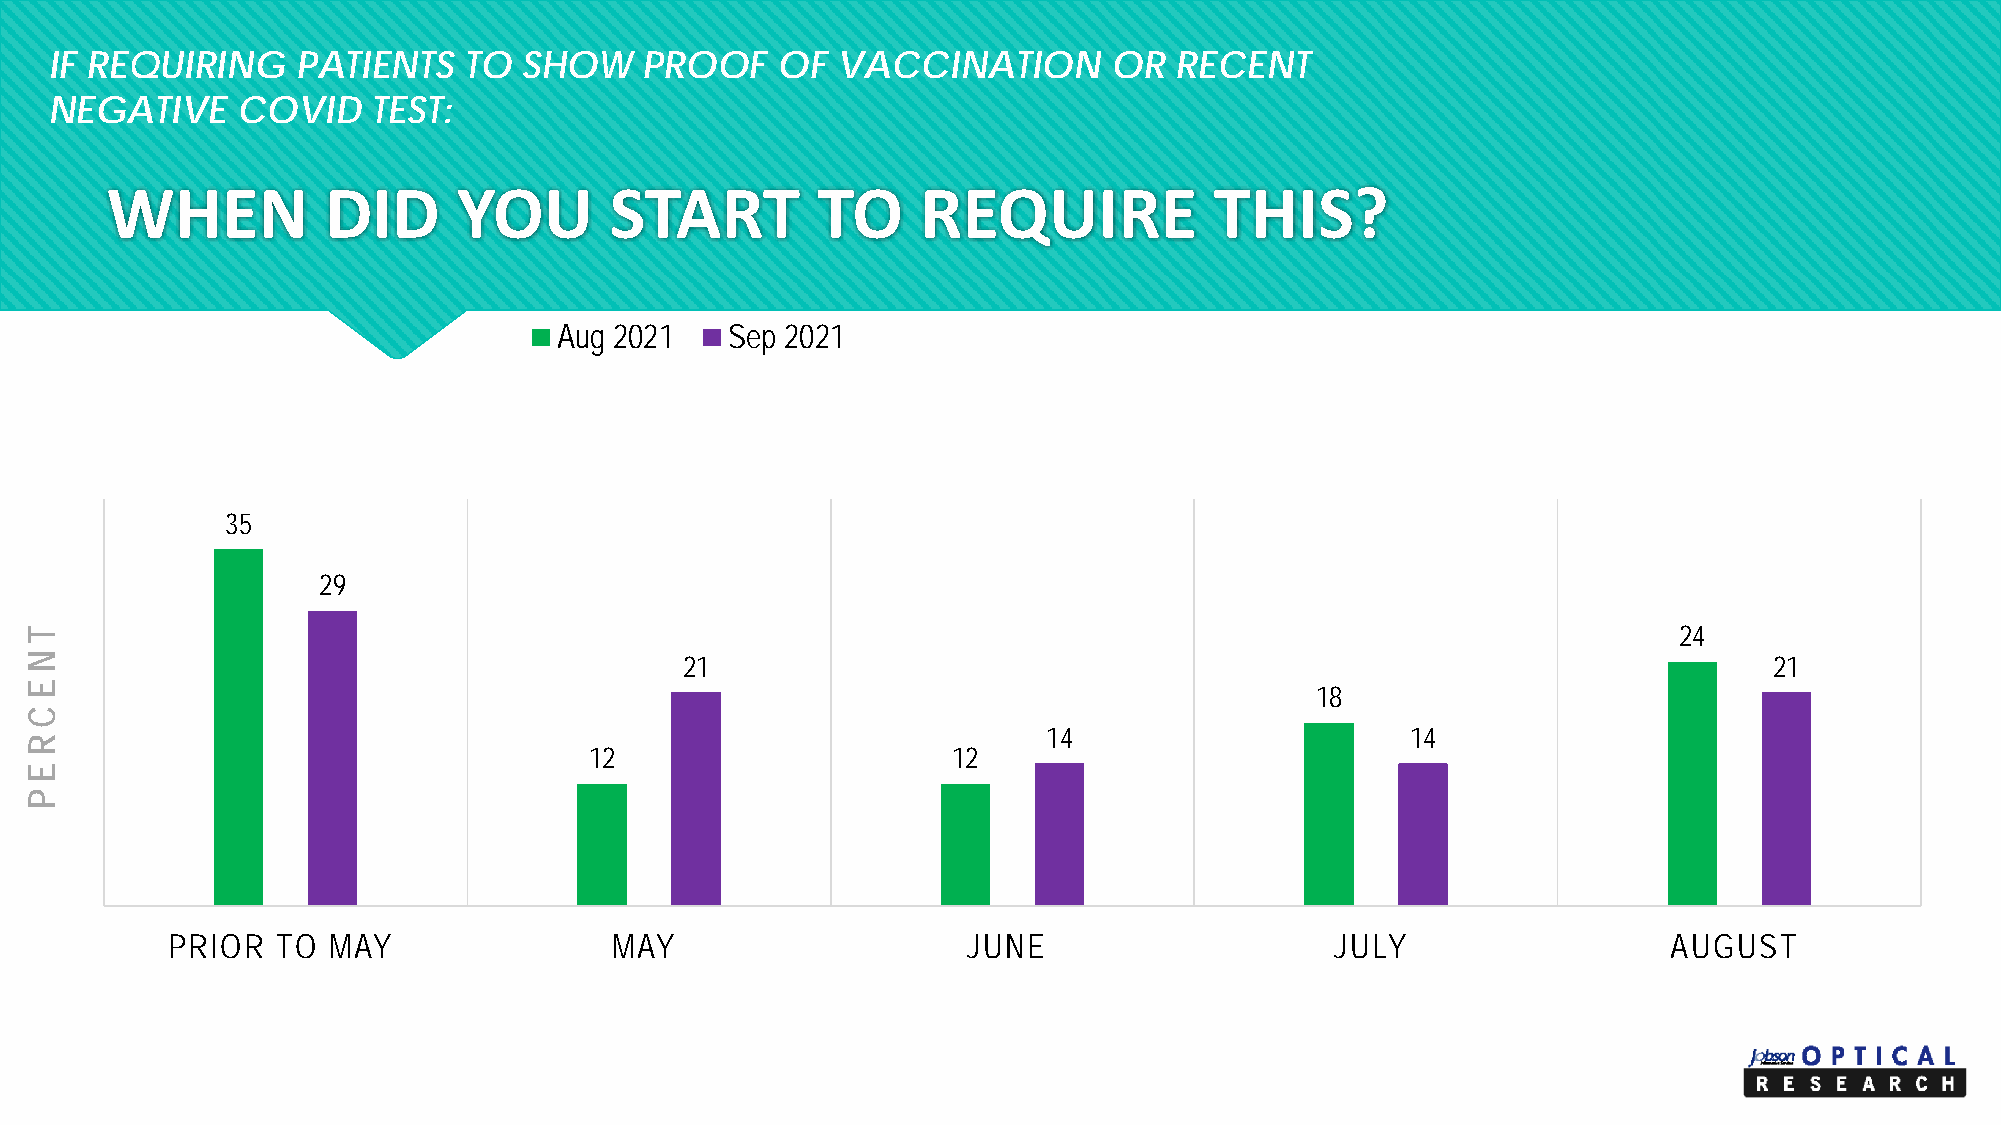
IF REQUIRING     PATIENTS   TO  SHOW    PROOF   OF  VACCINATION        OR  RECENT
 NEGATIVE     COVID    TEST:
 WHEN           DID     YOU       START         TO     REQUIRE            THIS?
 Aug 2021   Sep 2021
 35
 29
 24
 21                                                                      21
 18
 14                      14
 12                      12
 PRIOR  TO  MAY               MAY                     JUNE                    JULY                   AUGUST
 T
 NE
 C
 REP